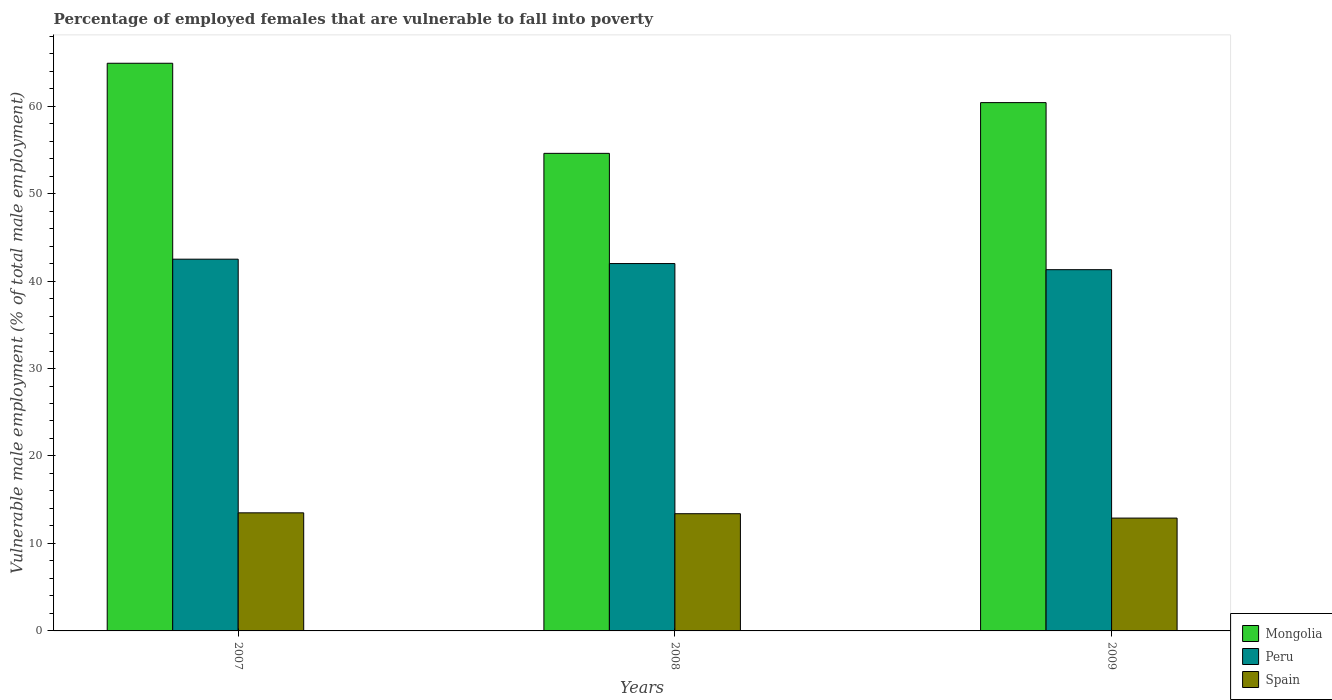
| Years | Mongolia | Peru | Spain |
 | --- | --- | --- | --- |
 | 2007 | 64.9 | 42.5 | 13.5 |
 | 2008 | 54.6 | 42 | 13.4 |
 | 2009 | 60.4 | 41.3 | 12.9 |